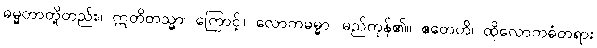
ဓမ္မတာတို့တည်း။ ဣတိတသ္မာ၊ ကြောင့်။ လောကဓမ္မာ၊ မည်ကုန်၏။ ဧတေဟိ၊ ထိုလောကဓံတရား